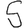
Digit: 5